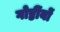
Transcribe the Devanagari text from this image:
गोष्ठींयों